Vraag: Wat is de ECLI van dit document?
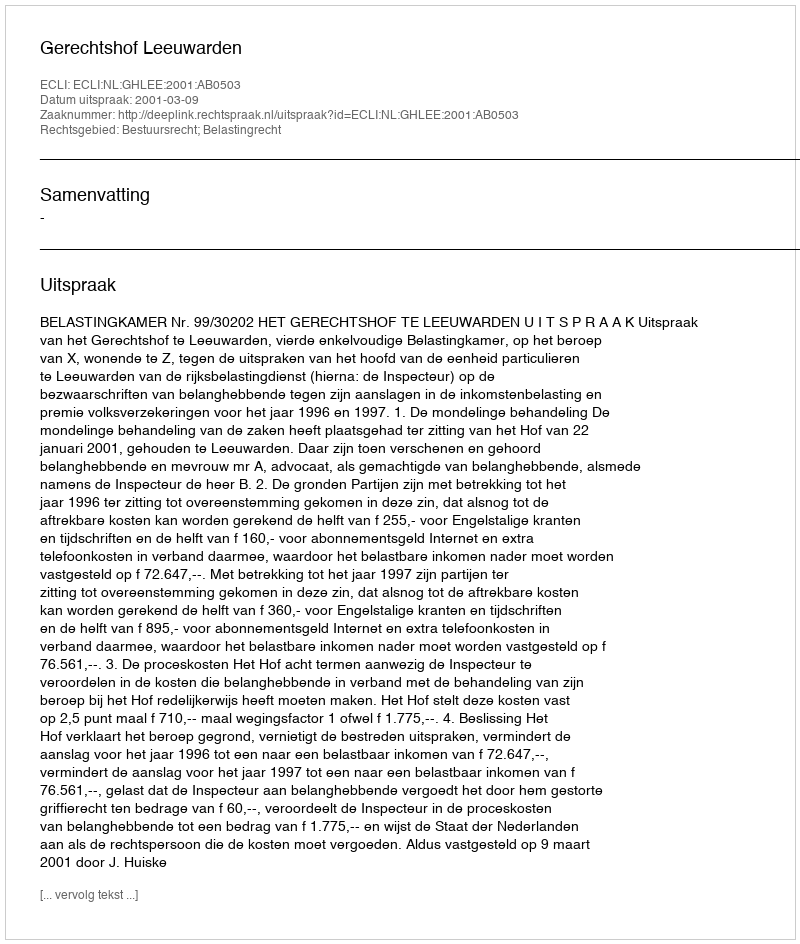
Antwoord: ECLI:NL:GHLEE:2001:AB0503